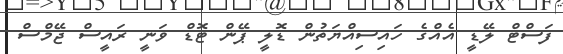
ފަސްޓް ލޭޑީ އެއްގެ ހައިސިއްޔަތުން ޑޮލީ ޕޭން ޓޮޑް ވަނީ ރައީސް ޖޭމްސް